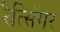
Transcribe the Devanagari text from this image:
रैत्सिंगर